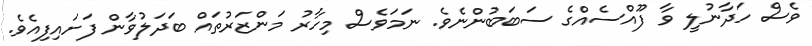
ވެސް ހަދާނުލީ ވާ ފޫއްސެއްގެ ސަބަބުންނެވެ. ނަމަވެސް މިހާރު މަންޒަރުތައް ބަދަލުވާން ފަށައިފިއެވެ.